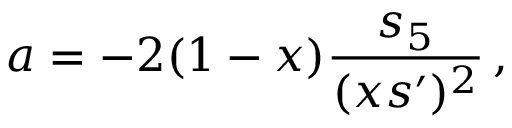
a = - 2 ( 1 - x ) \frac { s _ { 5 } } { ( x s ^ { \prime } ) ^ { 2 } } \, ,